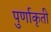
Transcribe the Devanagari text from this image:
पुर्णाकृती